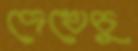
দেখেচু